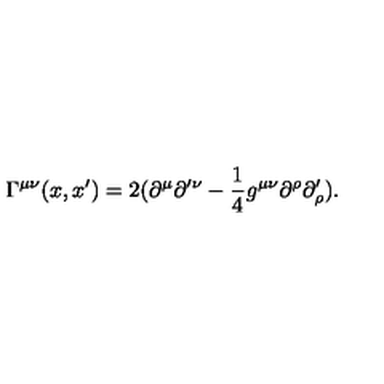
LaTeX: \Gamma ^ { \mu \nu } ( x , x ^ { \prime } ) = 2 ( \partial ^ { \mu } \partial ^ { \prime \nu } - \frac { 1 } { 4 } g ^ { \mu \nu } \partial ^ { \rho } \partial _ { \rho } ^ { \prime } ) .